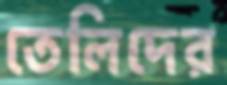
তেলিদের